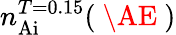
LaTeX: n_{\mathrm{Ai}}^{T=0.15}(\mathrm{~\AE~})